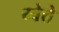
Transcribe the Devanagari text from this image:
य्वेत्ते